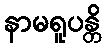
နာမရူပန္တိ